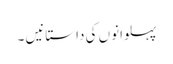
پہلوانوں کی داستانیں ۔